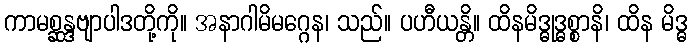
ကာမစ္ဆန္ဒဗျာပါဒတို့ကို။ အနာဂါမိမဂ္ဂေန၊ သည်။ ပဟီယန္တိ။ ထိနမိဒ္ဓုဒ္ဓစ္စာနိ၊ ထိန မိဒ္ဓ